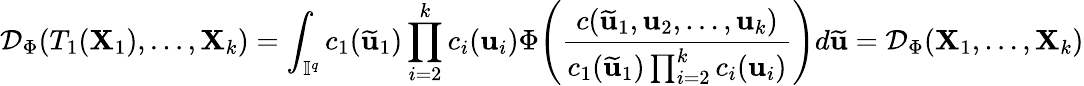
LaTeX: \mathcal{D}_{\Phi}(T_{1}(\mathbf{X}_{1}),\dots,\mathbf{X}_{k})=\int_{\mathbb{I}^{q}}c_{1}(\widetilde{\mathbf{u}}_{1})\prod_{i=2}^{k}c_{i}(\mathbf{u}_{i})\Phi\Bigg(\frac{c(\widetilde{\mathbf{u}}_{1},\mathbf{u}_{2},\dots,\mathbf{u}_{k})}{c_{1}(\widetilde{\mathbf{u}}_{1})\prod_{i=2}^{k}c_{i}(\mathbf{u}_{i})}\Bigg)d\widetilde{\mathbf{u}}=\mathcal{D}_{\Phi}(\mathbf{X}_{1},\dots,\mathbf{X}_{k})